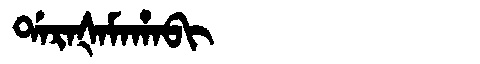
Manchu: ᡩᠠᡵᠠᡧᠠᠮᠠᡥᠠᠪᡳ
Romanization: DARAŠAMAHABI